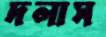
দলাস